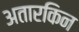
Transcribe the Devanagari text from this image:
अतारकिन